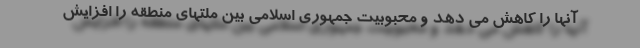
آنها را کاهش می دهد و محبوبیت جمهوری اسلامی بین ملتهای منطقه را افزایش